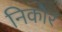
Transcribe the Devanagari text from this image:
निकोर